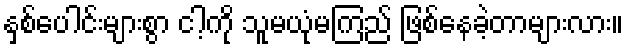
နှစ်ပေါင်းများစွာ ငါ့ကို သူမယုံမကြည် ဖြစ်နေခဲ့တာများလား။